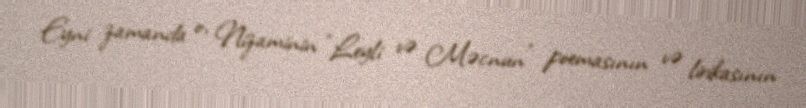
Eyni zamanda o, Nizaminin “Leyli və Məcnun” poemasının və lirikasının